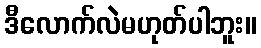
ဒီလောက်လဲမဟုတ်ပါဘူး။